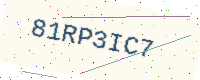
Text: 81RP3IC7